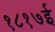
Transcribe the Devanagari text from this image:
१८१७ई